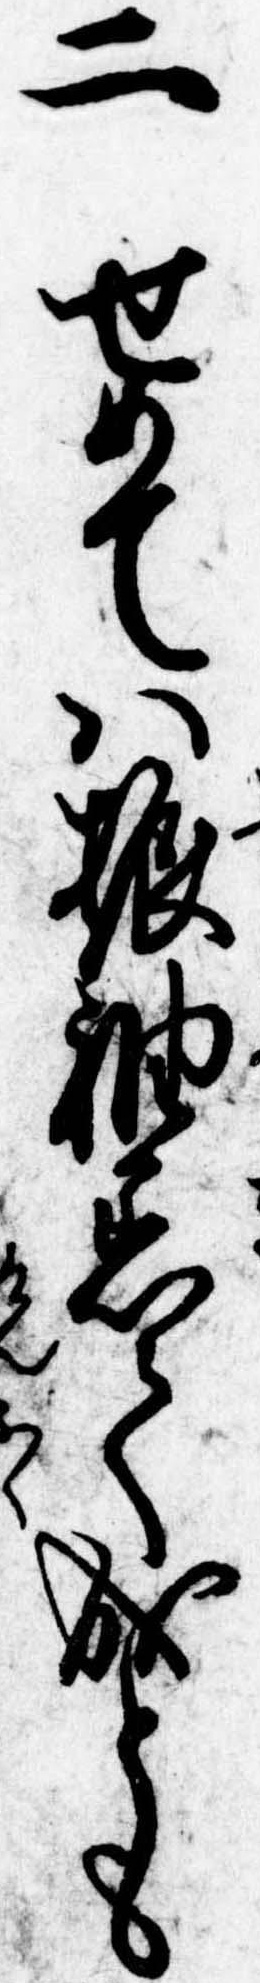
二せめては振袖着て成とも